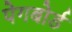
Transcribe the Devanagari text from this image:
पेगबोर्ड